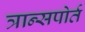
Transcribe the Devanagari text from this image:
त्रान्सपोर्त